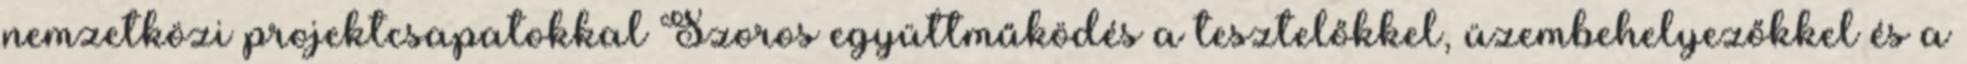
nemzetközi projektcsapatokkal Szoros együttműködés a tesztelőkkel, üzembehelyezőkkel és a